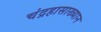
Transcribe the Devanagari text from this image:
चंद्रहासाख्यान